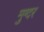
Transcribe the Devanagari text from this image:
मुग्दर